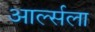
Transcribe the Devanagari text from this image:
आर्ल्सला